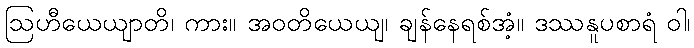
ဩဟီယေယျာတိ၊ ကား။ အဝတိယေယျ၊ ချန်နေရစ်အံ့။ ဒဿနူပစာရံ ဝါ၊